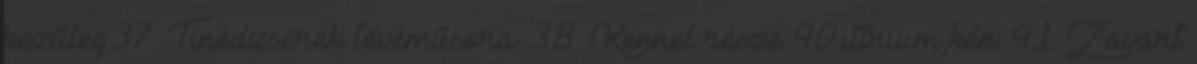
kezűleg.37. Tinédzserek tévéműsora. 38. Kennel része 40.ittrium,kén. 41. Zavart